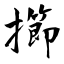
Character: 擳